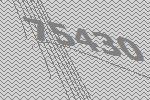
75430